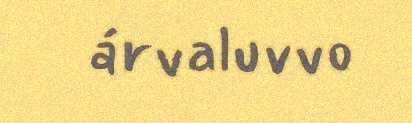
árvaluvvo